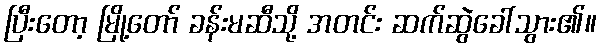
ပြီးတော့ မြို့တော် ခန်းမဆီသို့ အတင်း ဆက်ဆွဲခေါ်သွား၏။